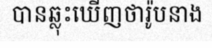
បានឆ្លុះឃើញថារ៉ូបនាង